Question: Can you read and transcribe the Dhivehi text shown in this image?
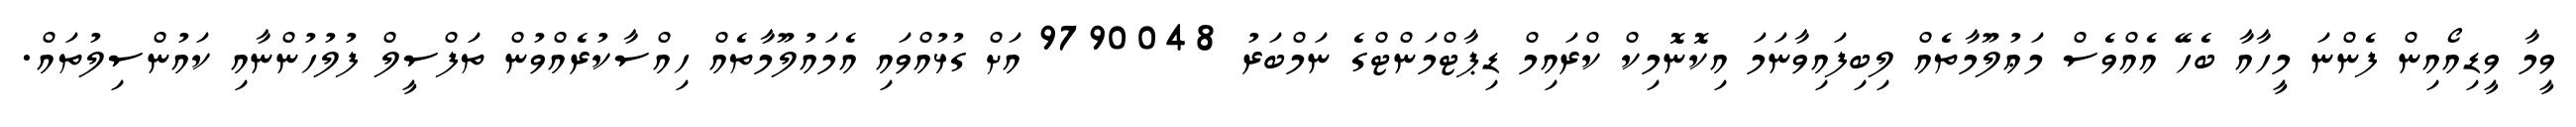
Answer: ވީމާ ވީޑިއޯއިން ފެންނަ މީހާއާ ބެހޭ އެއްވެސް މަޢުލޫމާތެއް ލިބިފައިވާނަމަ އިކޮނޮމިކް ކްރައިމް ޑިޕާޓްމަންޓްގެ ނަމްބަރު 9790048 އަށް ގުޅުއްވައި އެމައުލޫމާތެއް ހިއްސާކުރެއްވުން ތަފްސީލް ފުލުހުންނާއި ކައުންސިލުތައް.